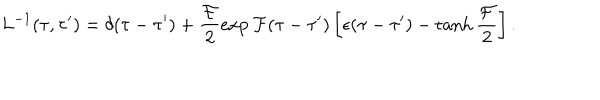
L ^ { - 1 } ( \tau , \tau ^ { \prime } ) = \delta ( \tau - \tau ^ { \prime } ) + \frac { { \cal F } } { 2 } \exp { \cal F } ( \tau - \tau ^ { \prime } ) \left[ \epsilon ( \tau - \tau ^ { \prime } ) - \tanh \frac { \cal F } { 2 } \right] .